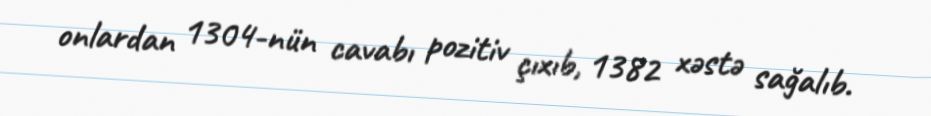
onlardan 1304-nün cavabı pozitiv çıxıb, 1382 xəstə sağalıb.